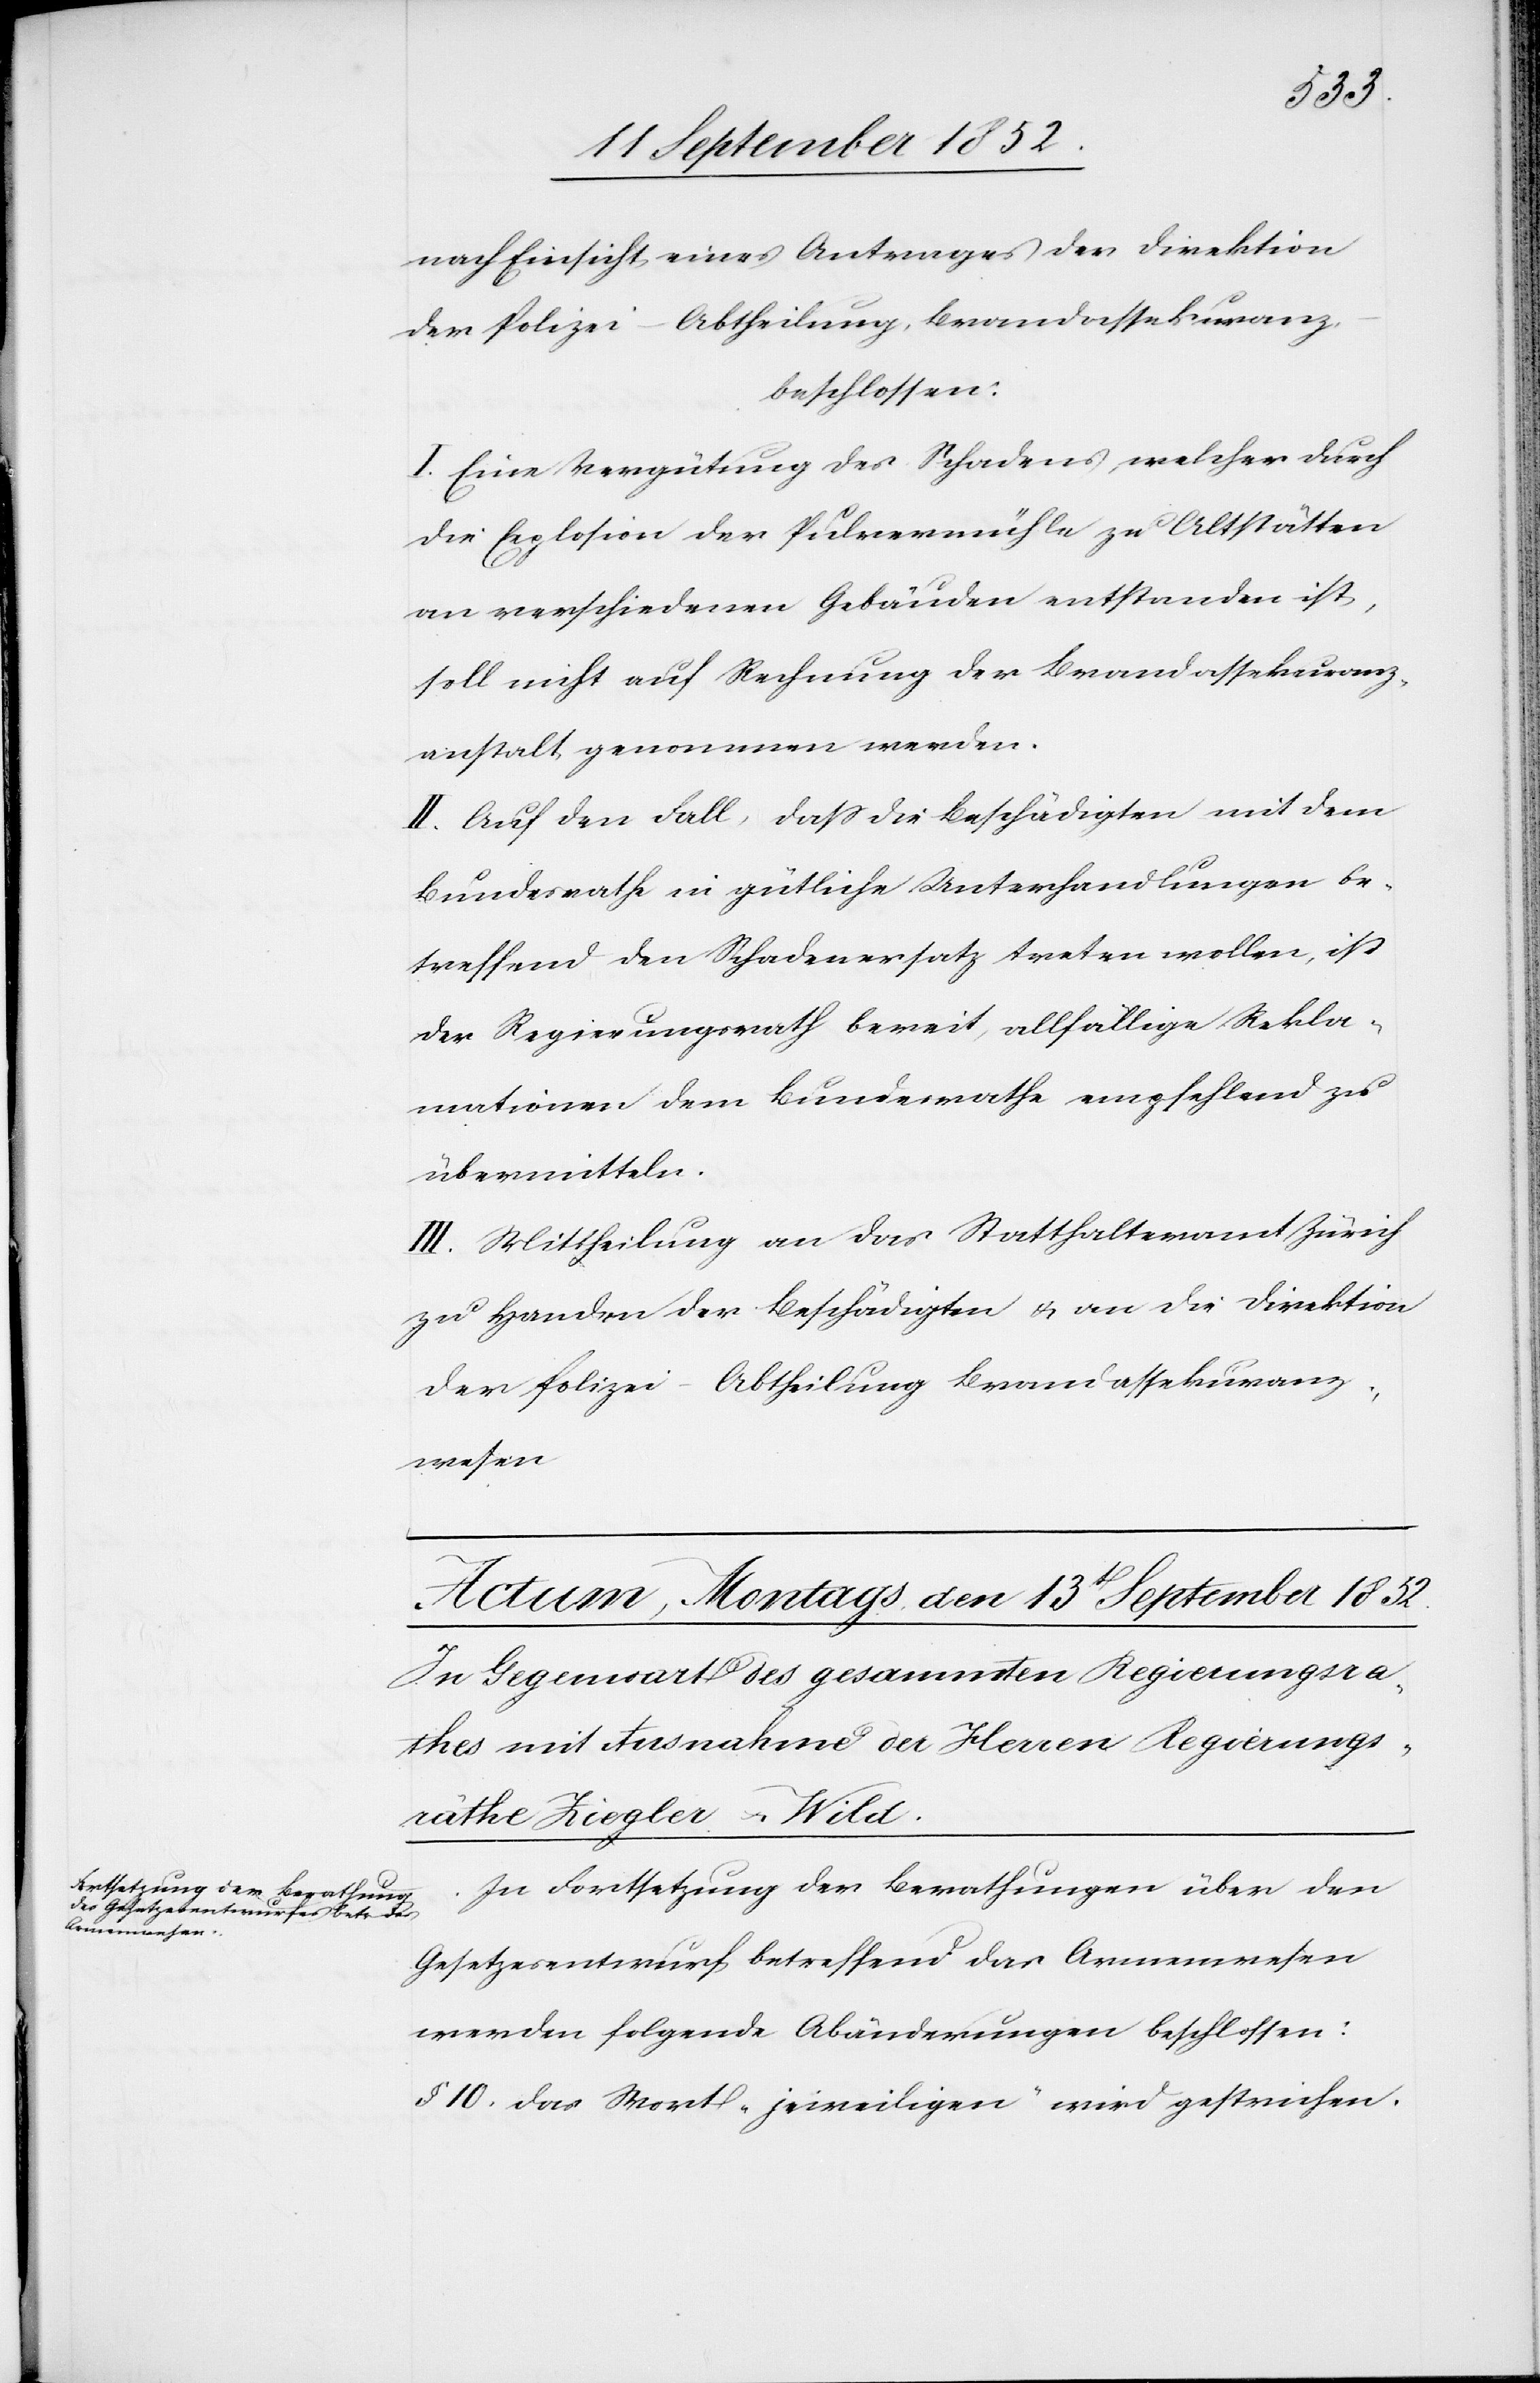
nach Einsicht eines Antrages der Direktion
der Polizei – Abtheilung, Brandassekuranz,
beschlossen:
I. Eine Vergütung des Schadens, welcher durch
die Explosion der Pulvermühle zu Altstätten
an verschiedenen Gebäuden entstanden ist,
soll nicht auf Rechnung der Brandassekuranz¬
anstalt genommen werden.
II. Auf den Fall, dass die Beschädigten mit dem
Bundesrathe in gütliche Unterhandlungen be¬
treffend den Schadenersatz treten wollen, ist
der Regierungsrath bereit, allfällige Rekla¬
mationen dem Bundesrathe empfehlend zu
übermitteln.
III. Mittheilung an das Statthalteramt Zürich
zu Handen der Beschädigten & an die Direktion
der Polizei – Abtheilung Brandassekuranz¬
wesen[.]
In Fortsetzung der Berathungen über den
Gesetzesentwurf betreffend das Armenwesen
werden folgende Abänderungen beschlossen:
§ 10. Das Wort „jeweiligen“ wird gestrichen.